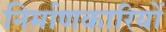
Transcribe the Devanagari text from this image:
निर्माणकारियों